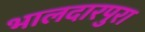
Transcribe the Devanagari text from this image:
भालदारपुरा